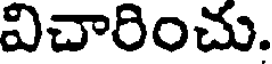
విచారించు.